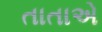
તાતાએ